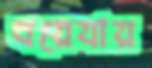
বয়েযায়